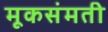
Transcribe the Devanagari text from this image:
मूकसंमती